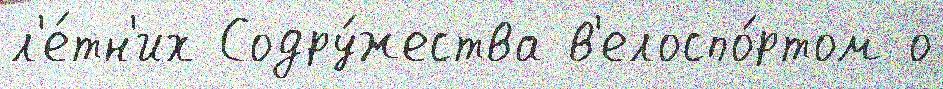
л'е́тн'их Содру́жества в'елоспо́ртом о